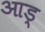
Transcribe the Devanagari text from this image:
आड्